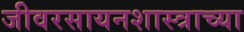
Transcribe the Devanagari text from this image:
जीवरसायनशास्त्राच्या